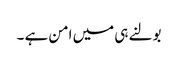
بولنے ہی میں امن ہے ۔